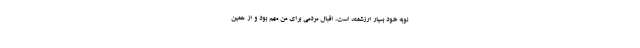
نوبه خود بسیار ارزشمند است، اقبال مردمی برای من مهم بود و از همین